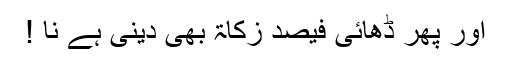
اور پھر ڈھائی فیصد زکاۃ بھی دینی ہے نا !